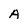
Character: A